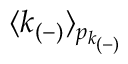
\langle k _ { ( - ) } \rangle _ { p _ { k _ { ( - ) } } }